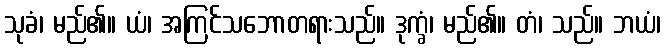
သုခံ၊ မည်၏။ ယံ၊ အကြင်သဘောတရားသည်။ ဒုက္ခံ၊ မည်၏။ တံ၊ သည်။ ဘယံ၊